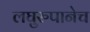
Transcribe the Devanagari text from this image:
लघुरुपानेच